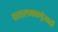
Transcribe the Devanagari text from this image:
दत्तारामबापूंसाठी